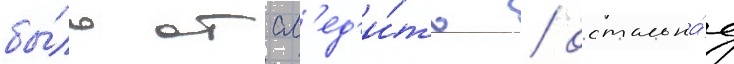
бы́ло отсл'ед'и́ть / остальна́я